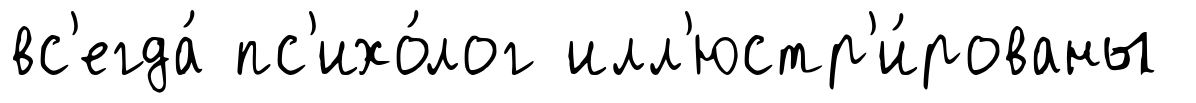
вс'егда́ пс'ихо́лог илл'юстр'и́рованы